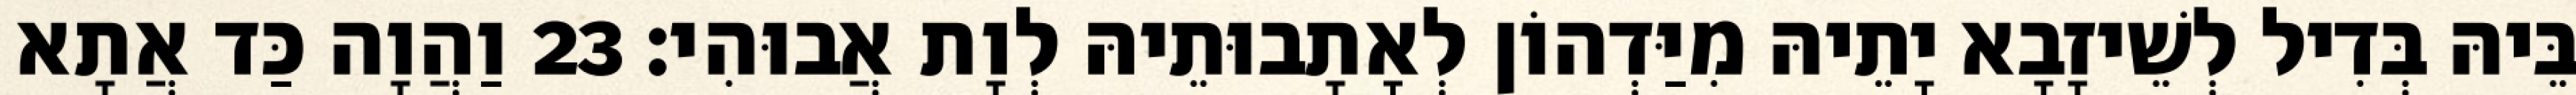
בֵּיהּ בְּדִיל לְשֵׁיזָבָא יָתֵיהּ מִיַּדְהוֹן לְאָתָבוּתֵיהּ לְוָת אֲבוּהִי׃ 23 וַהֲוָה כַּד אֲתָא